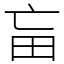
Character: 𤰡